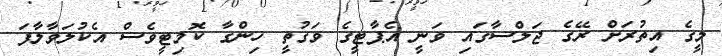
މީގެ އިތުރަށް ރޭގެ ޖަލްސާގައި ވަނީ އެޕާޓީގެ ވަގުތީ ހިންގާ ކޮމިޓީވެސް އެކުލަވާލާފަ